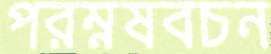
পরম্নষবচন